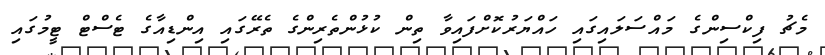
މެޗު ފިކްސިންގެ މައްސަލައިގައި ހައްޔަރުކޮށްފައިވާ ތިން ކުޅުންތެރިންގެ ތެރޭގައި އިންޑިއާގެ ޓެސްޓް ޓީމުގައި